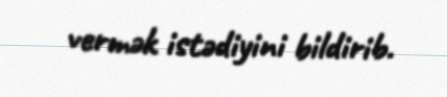
vermək istədiyini bildirib.